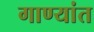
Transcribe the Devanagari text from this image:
गाण्यांत